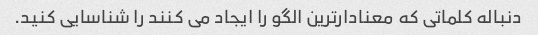
دنباله کلماتی که معنادارترین الگو را ایجاد می کنند را شناسایی کنید.